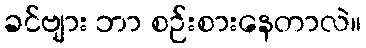
ခင်ဗျား ဘာ စဉ်းစားနေတာလဲ။